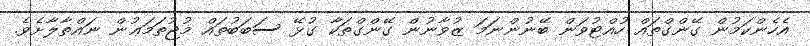
އެހެންކަމުން ގޭންގްތައް ހުއްޓުވަން ބޭނުންނަމަ ޒުވާނުން ގޭންގްތަކާ ގުޅޭ ސަބަބުތައް މުޖުތަމަޢުން ނައްތާލާށެވެ.